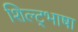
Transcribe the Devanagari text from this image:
शिल्ट्भाषा